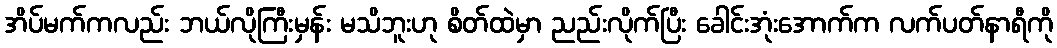
အိပ်မက်ကလည်း ဘယ်လိုကြီးမှန်း မသိဘူးဟု စိတ်ထဲမှာ ညည်းလိုက်ပြီး ခေါင်းအုံးအောက်က လက်ပတ်နာရီကို